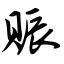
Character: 赈